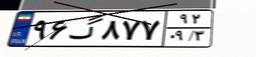
۴۱گ۴۳۶۵۷